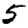
Digit: 5